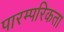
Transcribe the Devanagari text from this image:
पारम्परिकता